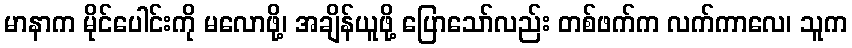
မာနာက မိုင်ပေါင်းကို မလောဖို့၊ အချိန်ယူဖို့ ပြောသော်လည်း တစ်ဖက်က လက်ကာလေ၊ သူက